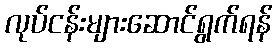
လုပ်ငန်းများဆောင်ရွက်ရန်